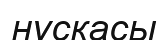
нұскасы